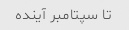
تا سپتامبر آینده